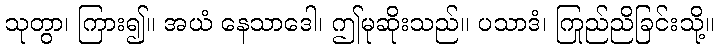
သုတွာ၊ ကြား၍။ အယံ နေသာဒေါ၊ ဤမုဆိုးသည်။ ပသာဒံ၊ ကြည်ညိုခြင်းသို့။